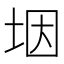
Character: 㘻